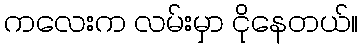
ကလေးက လမ်းမှာ ငိုနေတယ်။